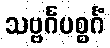
သဗ္ဗင်္ဂပစ္စင်္ဂံ